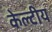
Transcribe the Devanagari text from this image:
केल्टीय